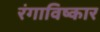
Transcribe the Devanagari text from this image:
रंगाविष्कार